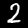
Digit: 2